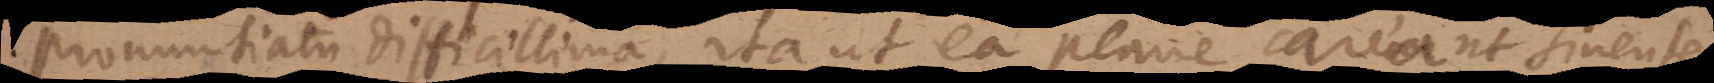
pronuntiatu difficillima, ita ut ea plane careant Sinenses.